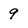
Character: 9